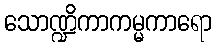
သောဏ္ဍိကာကမ္မကာရော